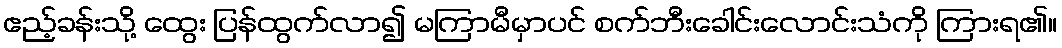
ဧည့်ခန်းသို့ ထွေး ပြန်ထွက်လာ၍ မကြာမီမှာပင် စက်ဘီးခေါင်းလောင်းသံကို ကြားရ၏။